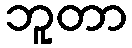
ဘူတာ